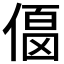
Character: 𠍚